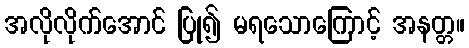
အလိုလိုက်အောင် ပြု၍ မရသောကြောင့် အနတ္တ။